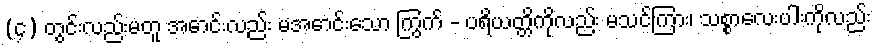
(၄) တွင်းလည်းမတူ အောင်းလည်း မအောင်းသော ကြွက် - ပရိယတ္တိကိုလည်း မသင်ကြား၊ သစ္စာလေးပါးကိုလည်း